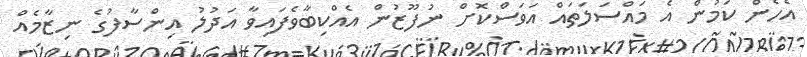
އެހެން ކަމުން އެ މައްސަލަތައް އަވަސްކޮށް ނުފޫޒުން އެއްކިބާވެފައިވާ އަދުލު އިންސާފުގެ ނިޒާމެއް